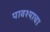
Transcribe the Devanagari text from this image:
पावश्याचा